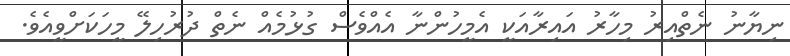
ނިޔާނު ނެތްއިރު މިހާރު އައިރާއަކީ އެމީހުންނާ އެއްވެސް ގުޅުމެއް ނެތް ދުރުހިލޭ މީހަކަށްވީއެވެ.